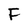
Character: F